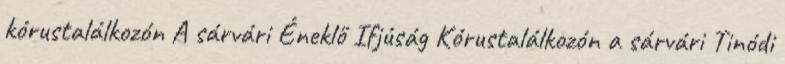
kórustalálkozón A sárvári Éneklő Ifjúság Kórustalálkozón a sárvári Tinódi